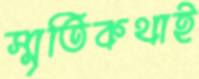
স্মৃতিকথাই